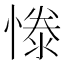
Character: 𢟱